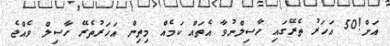
އަށް!50 އަހަރު ތެރޭގައި ހާސިލްނުވާ އެތައް ކަމެއް މިތިން އަހަރުތެރޭ ހާސިލް ވެއްޖެ